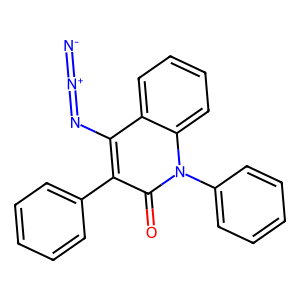
SMILES: [N-]=[N+]=Nc1c(-c2ccccc2)c(=O)n(-c2ccccc2)c2ccccc12
Inhibits HIV replication: No